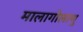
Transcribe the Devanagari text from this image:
मालागोलाणु